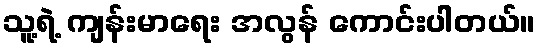
သူ့ရဲ့ ကျန်းမာရေး အလွန် ကောင်းပါတယ်။